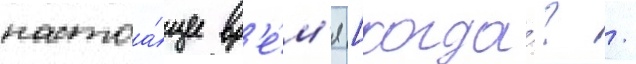
настоа́щее вр'е́м'я [когда́? /